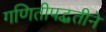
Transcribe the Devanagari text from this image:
गणितीपद्धतीने